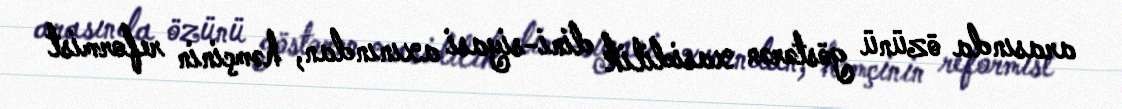
arasında özünü göstərən xasidilik dini-siyasi axınından, həmçinin reformist